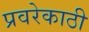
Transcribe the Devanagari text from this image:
प्रवरेकाठी